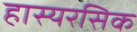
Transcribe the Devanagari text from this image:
हास्यरसिक